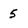
Character: 5